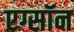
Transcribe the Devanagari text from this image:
एग्सॉन